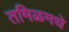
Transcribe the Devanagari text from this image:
तमिळमधे